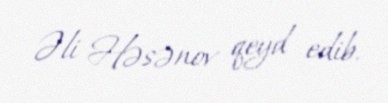
Əli Həsənov qeyd edib.